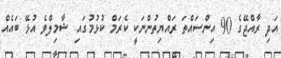
އަދި ރާއްޖޭގެ 90 އިންސައްތަ ރައްޔިތުންނަކީ ކެރަމް ކުޅުމުގައި ޝާމިލްވެ އުޅޭ ބައެއް